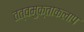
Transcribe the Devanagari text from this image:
तत्वमुक्ताकलाप